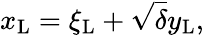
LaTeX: x_{\mathrm{{L}}}=\xi_{\mathrm{{L}}}+\sqrt{\delta}y_{\mathrm{{L}}},